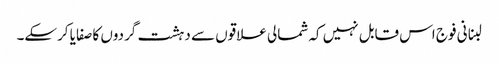
لبنانی فوج اس قابل نہیں کہ شمالی علاقوں سے دہشت گردوں کا صفایا کرسکے۔